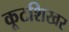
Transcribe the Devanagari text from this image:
कूटशिखर